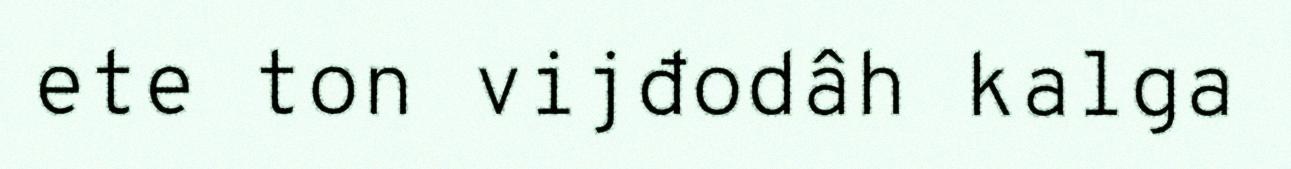
ete ton vijđodâh kalga